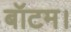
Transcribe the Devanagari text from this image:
बॉटम।